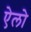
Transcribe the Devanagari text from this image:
ऐलो